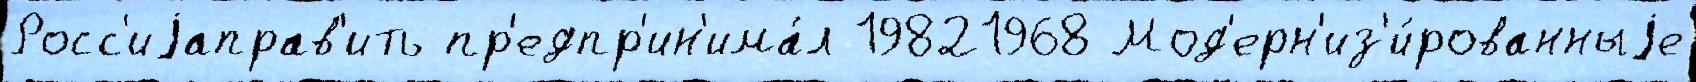
Росс'иjаправ'ить пр'едпр'ин'има́л 19821968 Мод'ерн'из'и́рованныjе